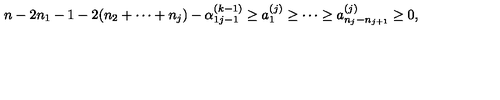
\begin{array} { l } { n - 2 n _ { 1 } - 1 - 2 ( n _ { 2 } + \cdots + n _ { j } ) - \alpha _ { 1 j - 1 } ^ { ( k - 1 ) } \geq a _ { 1 } ^ { ( j ) } \geq \cdots \geq a _ { n _ { j } - n _ { j + 1 } } ^ { ( j ) } \geq 0 , } \\ \end{array}